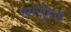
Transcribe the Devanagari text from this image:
आरोहणे